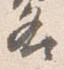
各